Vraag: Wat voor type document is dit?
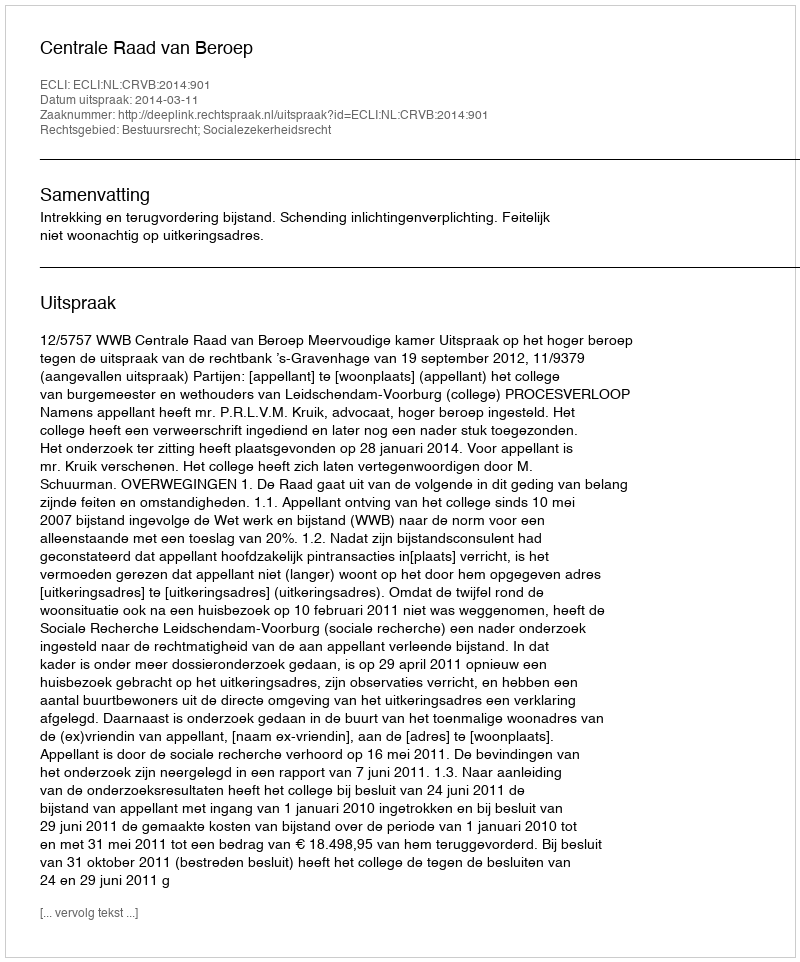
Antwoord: Uitspraak